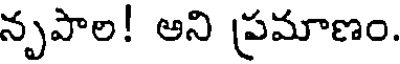
నృపాల! అని ప్రమాణం.